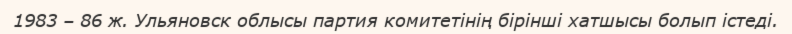
1983 – 86 ж. Ульяновск облысы партия комитетінің бірінші хатшысы болып істеді.